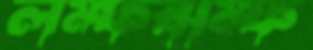
লম্ফঝম্ফ